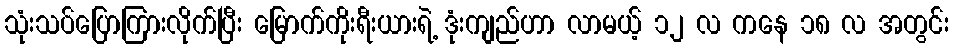
သုံးသပ်ပြောကြားလိုက်ပြီး မြောက်ကိုးရီးယားရဲ့ ဒုံးကျည်ဟာ လာမယ့် ၁၂ လ ကနေ ၁၈ လ အတွင်း